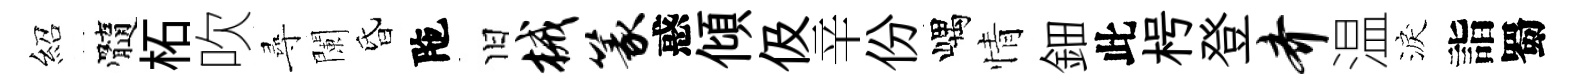
紹髓柘吹尋闌昏陁旧械篆惑傾伋辛份嵎情鈿此枵登齐温淚詣蜀